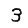
Digit: 3